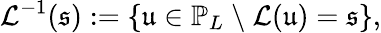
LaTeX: \mathcal{L}^{-1}(\mathfrak{s}):=\left\{ \mathfrak{u}\in\mathbb{P}_{L}\ \backslash\ \mathcal{L}(\mathfrak{u})=\mathfrak{s}\right\} ,